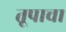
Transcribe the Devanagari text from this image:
तूपाचा